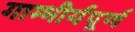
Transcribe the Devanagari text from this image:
गाम्भीर्यपूर्ण